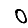
Digit: 0